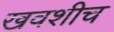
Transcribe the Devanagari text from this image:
खवशीच